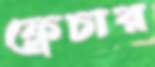
ফ্লেচার